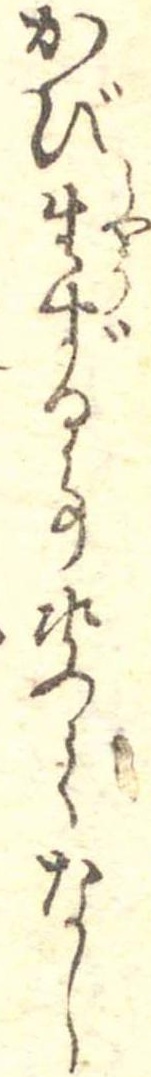
かび生ずる事決てなし